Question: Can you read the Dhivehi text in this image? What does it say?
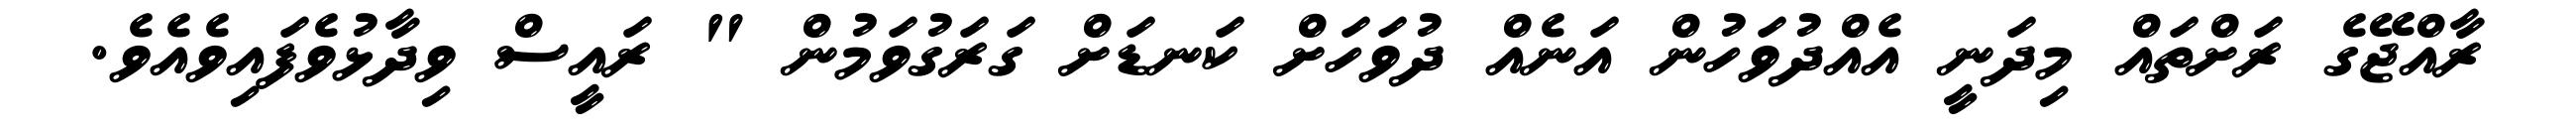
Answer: ރާއްޖޭގެ ރަށްތައް މިދަނީ އެއްދުވަހުން އަނެއް ދުވަހަށް ކަނޑަށް ގަރަގުވަމުން " ރައީސް ވިދާޅުވެފައިވެއެވެ.